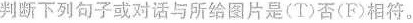
判断下列句子或对话与所给图片是(T)否(F)相符.